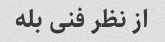
از نظر فنی بله